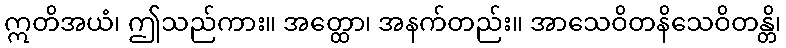
ဣတိအယံ၊ ဤသည်ကား။ အတ္ထော၊ အနက်တည်း။ အာသေဝိတနိသေဝိတန္တိ၊